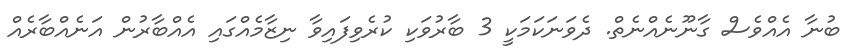
ބުނާ އެއްވެސް ގާނޫނެއްނެތް. ދެވަނަކަމަކީ 3 ބާރުވަކި ކުރެވިފައިވާ ނިޒާމެއްގައި އެއްބާރުން އަނެއްބާރެއް